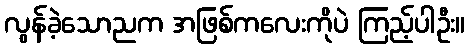
လွန်ခဲ့သောညက အဖြစ်ကလေးကိုပဲ ကြည့်ပါဦး။